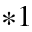
^ { * 1 }